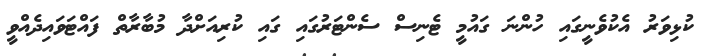
ކުޅިވަރު އެކުވެނީގައި ހުންނަ ގައުމީ ޓެނިސް ސެންޓަރުގައި ގައި ކުރިއަށްދާ މުބާރާތް ފައްޓަވައިދެއްވީ